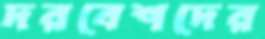
দরবেশদের